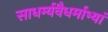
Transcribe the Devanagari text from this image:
साधर्म्यवैधर्माभ्यां